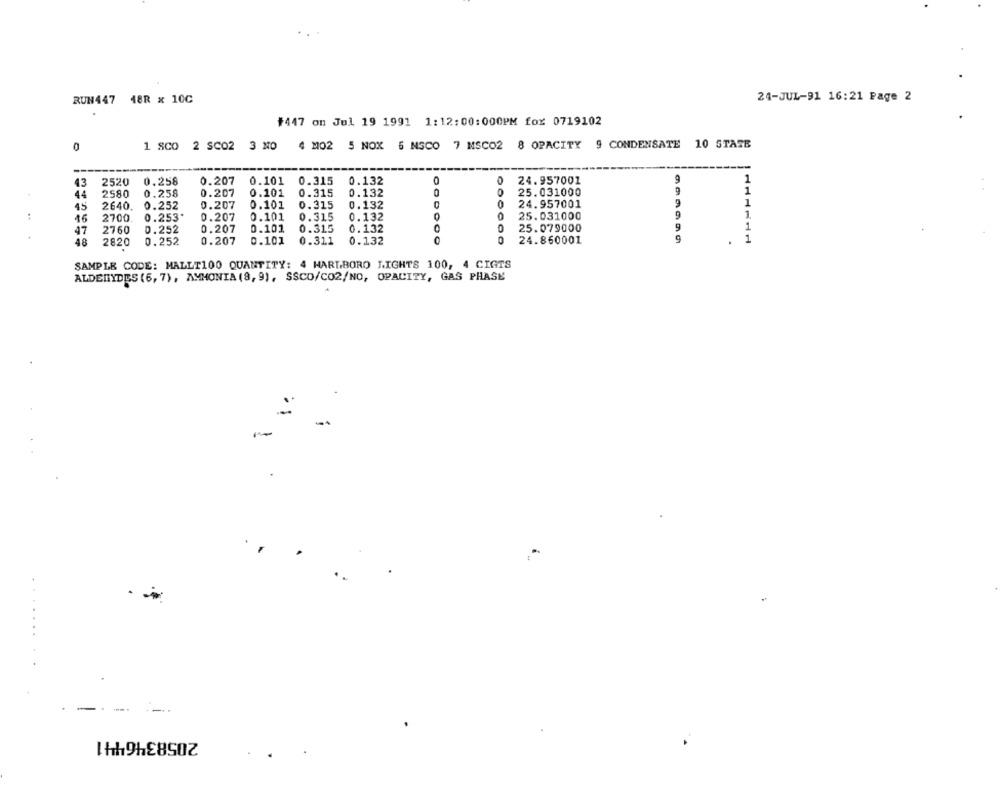
RUN447
48R x 10C
24-JUL-91 16:21 Page 2
#447 on Jul 19 1991 1:12:00:000PM fox 0719102
1 SCO 2 SC02 3 NO
4 M02 5 NOX 6 MSCO 7 MSCO2 8 OPACITY 9 CONDENSATE 10 STATE
43
2520
0.258
0.207
0.101
0.315
0.132
0
24.957001
1
0
25.031000
1
44
2580
0.258
0.207
0.101
0.315
0.132
45
2640.
0.252
0.207
0.101
0.315
0. 132
24.957001
1
:
1.
16
2700.
0.253*
0.207
0.101
0.315
0.132
0
25.031000
47
2760
0.252
0.207
0.101
0.315
0.132
0
25.079000
1
..
1
48
2820
0.252
0.207
0.101
0.311
0.132
24.860001
SAMPLE CODE: MALLT100 QUANTITY: 4 HARTBORO LIGHTS 100, 4 CIGTS
ALDEHYDES (6, 7), AMMONIA (8, 9), SSCO/CO2/NO, OPACITY, GAS PHASE
.
.
-
-
2058346441